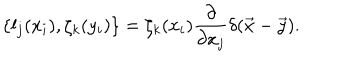
LaTeX: \{ l _ { j } ( x _ { i } ) , \zeta _ { k } ( y _ { i } ) \} = \zeta _ { k } ( x _ { i } ) \frac { \partial } { \partial x _ { j } } \delta ( \vec { x } - \vec { y } ) .